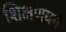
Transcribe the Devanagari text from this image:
शिक्षणवर्ग